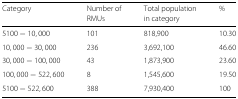
| Category | Number of | Total population | % |
 |  | RMUs | in category |  |
 | --- | --- | --- | --- |
 | 5100−10,000 | 101 | 818,900 | 10.30 |
 | 10,000−30,000 | 236 | 3,692,100 | 46.60 |
 | 30,000−100,000 | 43 | 1,873,900 | 23.60 |
 | 100,000−522,600 | 8 | 1,545,600 | 19.50 |
 | 5100−522,600 | 388 | 7,930,400 | 100 |